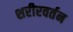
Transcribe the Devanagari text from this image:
शरीरवर्तन